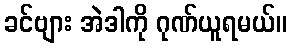
ခင်ဗျား အဲဒါကို ဂုဏ်ယူရမယ်။